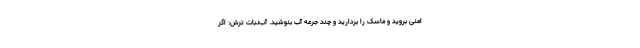
امنی بروید و ماسک را بردارید و چند جرعه آب بنوشید. آب‌نبات ترش: اگر